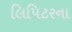
લિપિટરના